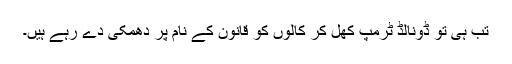
تب ہی تو ڈونالڈ ٹرمپ کھل کر کالوں کو قانون کے نام پر دھمکی دے رہے ہیں۔